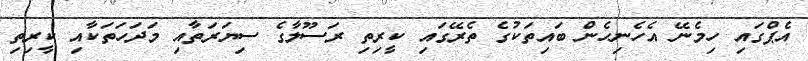
އެޕްގައި ހިމެނޭ އެހެނިހެން ބައިތަކުގެ ތެރޭގައި ކީރިތި ރަސޫލާގެ ސިޔަރަތާއި މަދަހަތަކާއި ކީރިތި